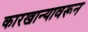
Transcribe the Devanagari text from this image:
कारखान्यावरून